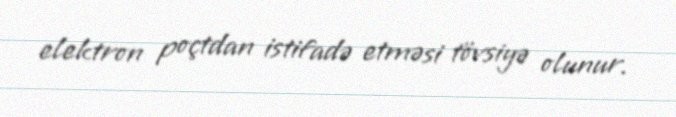
elektron poçtdan istifadə etməsi tövsiyə olunur.